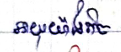
អាយុយ៉ាងតិច